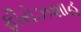
ફીરોઝશાહ